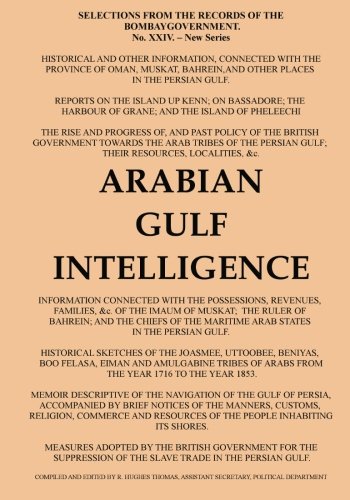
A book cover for Arabian Gulf Intelligence: Selections from the Records of the Bombay Government, New Series, No.XXIV, 1856, Concerning Arabia, Bahrain, Kuwait, Muscat ... Islands of the Gulf; Robert Hughes Thomas; History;